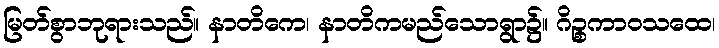
မြတ်စွာဘုရားသည်။ နာတိကေ၊ နာတိကမည်သောရွာ၌။ ဂိဉ္စကာဝသထေ၊